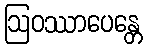
ဩဝဿာပေန္တေ